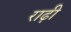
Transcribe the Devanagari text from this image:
राढ़ी